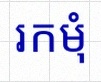
រកមុំ